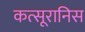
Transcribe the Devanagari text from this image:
कत्सूरानिस